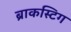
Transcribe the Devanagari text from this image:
ब्राकस्टिग